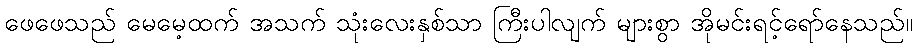
ဖေဖေသည် မေမေ့ထက် အသက် သုံးလေးနှစ်သာ ကြီးပါလျက် များစွာ အိုမင်းရင့်ရော်နေသည်။